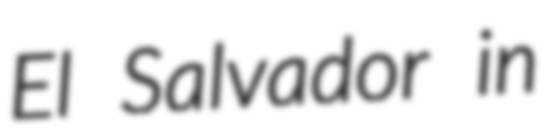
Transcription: El Salvador in